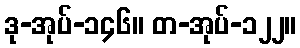
ဒု-အုပ်-၁၄၆။ တ-အုပ်-၁၂၂။